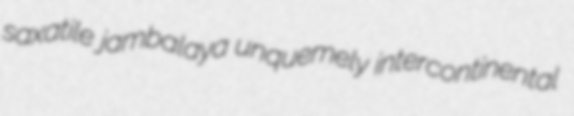
saxatile jambalaya unquemely intercontinental